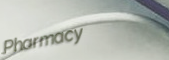
Pharmacy